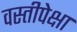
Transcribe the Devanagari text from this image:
वस्तीपेक्षा